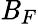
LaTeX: \mathit{B}_{F}